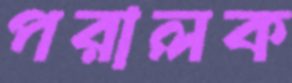
পরালক